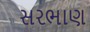
સરભાણ